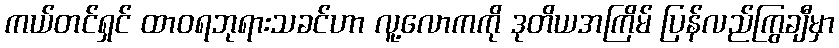
ကယ်တင်ရှင် ထာဝရဘုရားသခင်ဟာ လူ့လောကကို ဒုတိယအကြိမ် ပြန်လည်ကြွချီမှာ